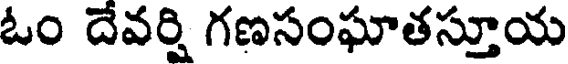
ఓం దేవర్షి గణసంఘాతస్తూయ